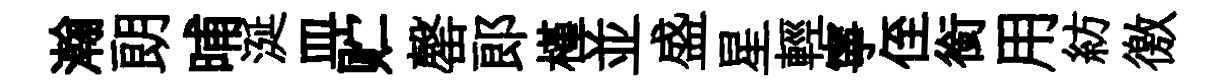
瀚朗晡涎皿贮罄郞槿並盛星輕寧侄銜用紡徼